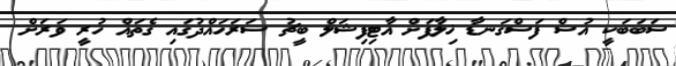
ސަބަބަކީ އުސް ފަސްގަނޑާ ޚިލާފަށް އާޓިފިޝަލް ބީޗު ސަރަހައްދުގައި ގެތައް ހުރީ ވަރަށް